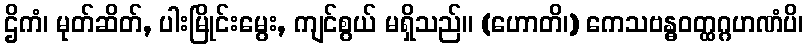
ဌိကံ၊ မုတ်ဆိတ်, ပါးမြိုင်းမွေး, ကျင်စွယ် မရှိသည်။ (ဟောတိ၊) ကေသဗန္ဓဝတ္ထဂ္ဂဟဏံပိ၊